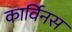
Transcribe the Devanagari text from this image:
कार्विनस